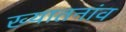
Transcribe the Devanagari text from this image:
ख्यातनांव